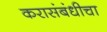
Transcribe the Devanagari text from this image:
करासंबंधीचा